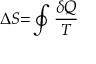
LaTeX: \Delta S { = } \oint { \frac { \delta Q } { T } }